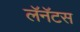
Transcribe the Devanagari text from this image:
लॅनॅटस